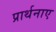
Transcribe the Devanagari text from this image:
प्रार्थनाए